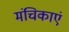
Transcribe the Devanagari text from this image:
मंचिकाएं